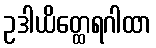
ဥဒါယိတ္ထေရဂါထာ